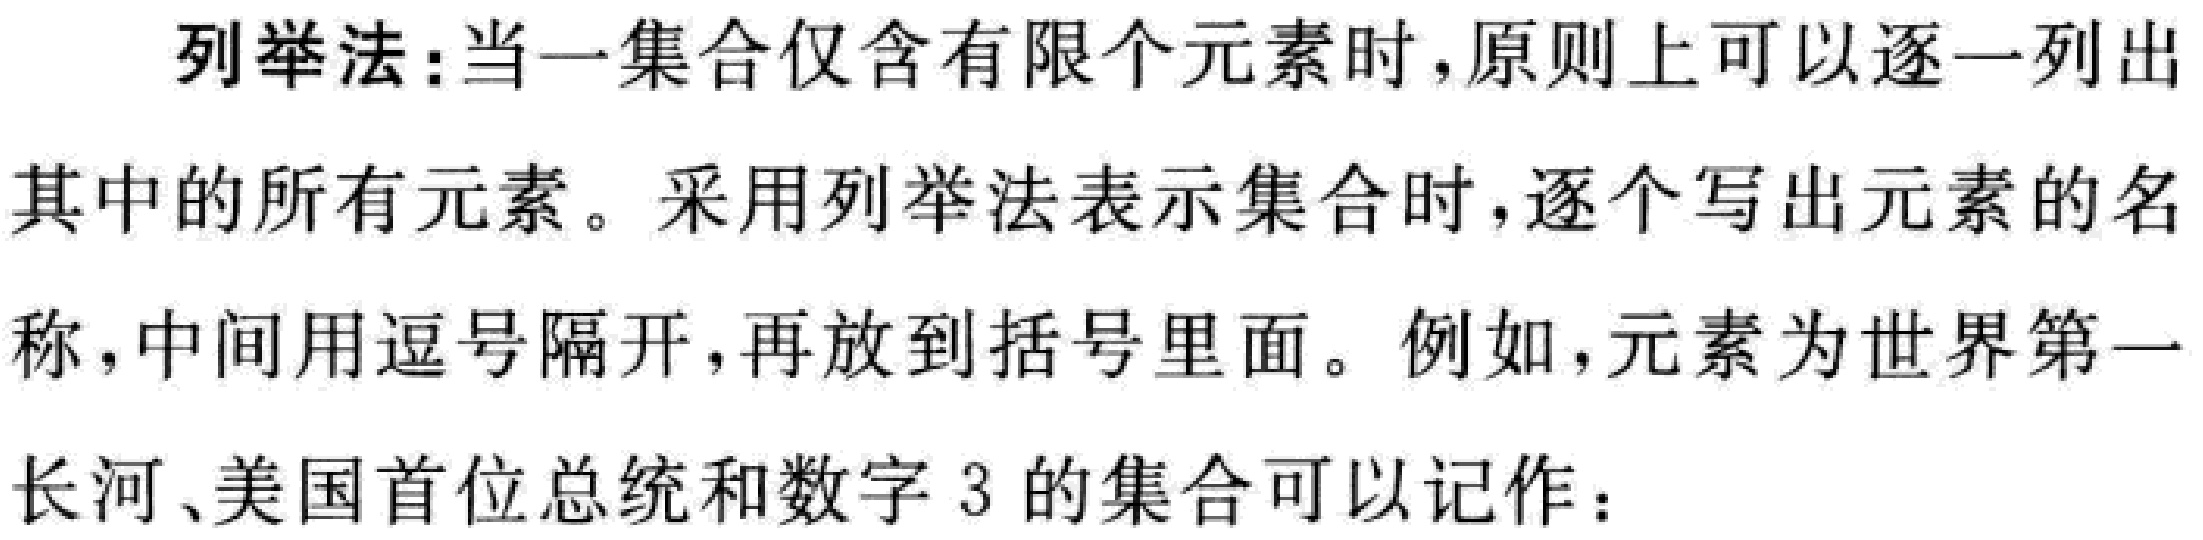
列举法：当一集合仅含有限个元素时，原则上可以逐一列出其中的所有元素。采用列举法表示集合时，逐个写出元素的名称，中间用逗号隔开，再放到括号里面。例如，元素为世界第一长河、美国首位总统和数字3的集合可以记作：